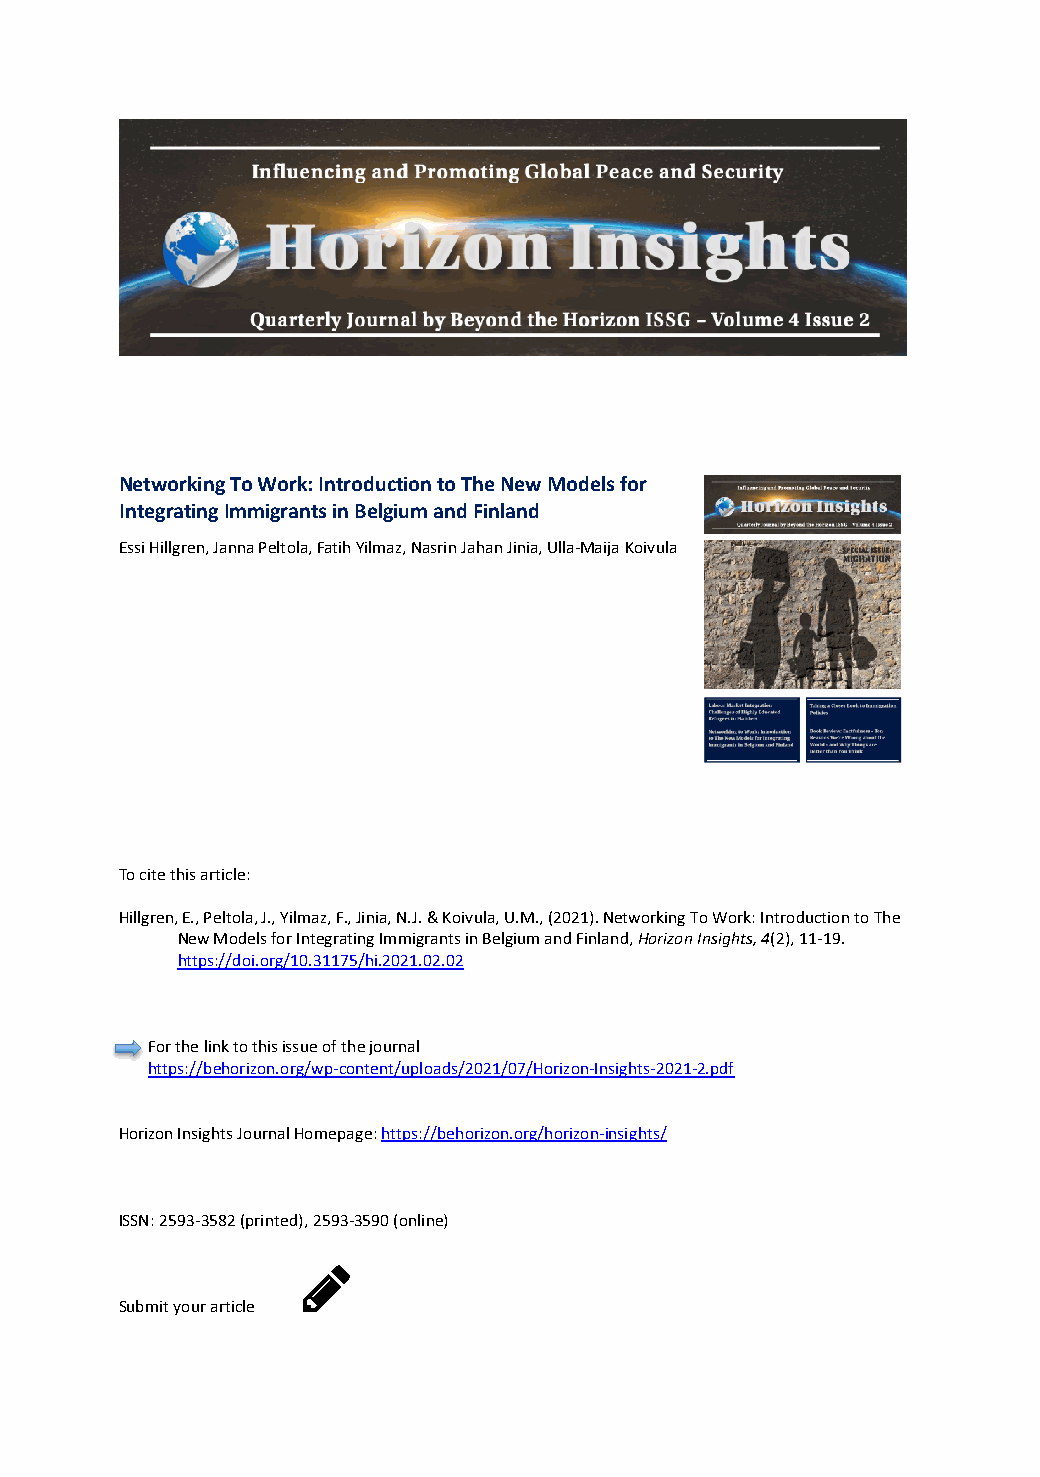
Networking To Work: Introduction to The New Models for
 Integrating Immigrants in Belgium and Finland
 Essi Hillgren, Janna Peltola, Fatih Yilmaz, Nasrin Jahan Jinia, Ulla-Maija Koivula
 To cite this article:
 Hillgren, E., Peltola, J., Yilmaz, F., Jinia, N.J. & Koivula, U.M., (2021). Networking To Work: Introduction to The
 New Models for Integrating Immigrants in Belgium and Finland, Horizon Insights, 4(2), 11-19.
 https://doi.org/10.31175/hi.2021.02.02
 For the link to this issue of the journal
 https://behorizon.org/wp-content/uploads/2021/07/Horizon-Insights-2021-2.pdf
 Horizon Insights Journal Homepage: https://behorizon.org/horizon-insights/
 ISSN: 2593-3582 (printed), 2593-3590 (online)
 Submit your article